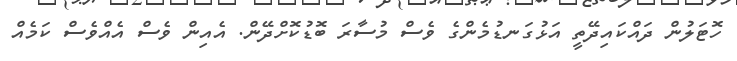
ހޮޓަލުން ދައްކައިދޭތީ އަޅުގަނޑުމެންގެ ވެސް މުސާރަ ބޮޑުކޮށްދޭން. އެއިން ވެސް އެއްވެސް ކަމެއް